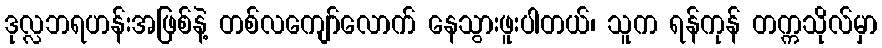
ဒုလ္လဘရဟန်းအဖြစ်နဲ့ တစ်လကျော်လောက် နေသွားဖူးပါတယ်၊ သူက ရန်ကုန် တက္ကသိုလ်မှာ